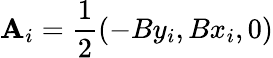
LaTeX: \mathbf{A}_{i}=\frac{1}{2}(-By_{i},Bx_{i},0)